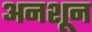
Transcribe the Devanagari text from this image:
अनशून